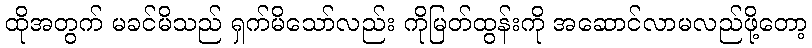
ထိုအတွက် မခင်မိသည် ရှက်မိသော်လည်း ကိုမြတ်ထွန်းကို အဆောင်လာမလည်ဖို့တော့